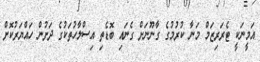
އަމީނަކީ ޓެރަރިޒަމް މަނާ ކުރުމުގެ ގާނޫނަށް ގެނައި ބޮޑެތި އިސްލާހުތަކުގެ ދަށުން ހައްޔަރުކޮށް